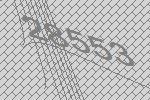
28553